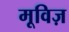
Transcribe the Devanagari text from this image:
मूविज़